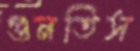
গুনতিস